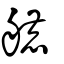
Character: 𦪇